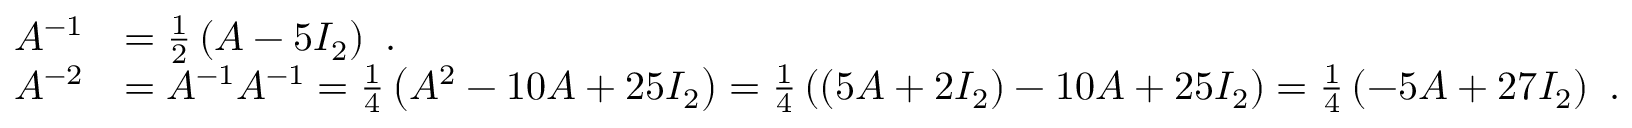
{ \begin{array} { r l } { A ^ { - 1 } } & { = { \frac { 1 } { 2 } } \left( A - 5 I _ { 2 } \right) ~ . } \\ { A ^ { - 2 } } & { = A ^ { - 1 } A ^ { - 1 } = { \frac { 1 } { 4 } } \left( A ^ { 2 } - 1 0 A + 2 5 I _ { 2 } \right) = { \frac { 1 } { 4 } } \left( ( 5 A + 2 I _ { 2 } ) - 1 0 A + 2 5 I _ { 2 } \right) = { \frac { 1 } { 4 } } \left( - 5 A + 2 7 I _ { 2 } \right) ~ . } \end{array} }